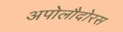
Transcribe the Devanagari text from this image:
अपोलौदोरस